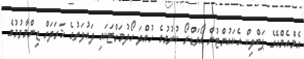
އެމްއެމްއޭގެ ޕަބްލިކް އެކައުންޓުން އޯވަޑްރޯ ކުރުމުގެ ހުއްދަ ހޯދުމަށްޓަކައި ދައުލަތުގެ ޚަރަދަށް ޒިންމާވުމުގެ